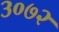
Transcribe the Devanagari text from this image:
३०७२